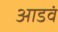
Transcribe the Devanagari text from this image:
आडवं